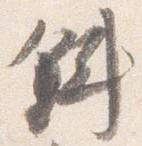
斜